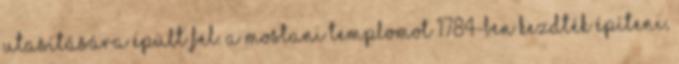
utasítására épült fel. A mostani templomot 1784-ben kezdték építeni,